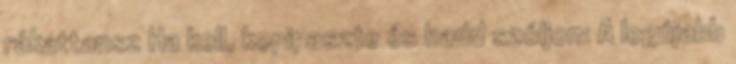
rákattansz Ha kell, kopipaszte és hadd szóljon: A legújabb